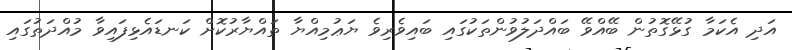
އަދި އެކަމާ ގުޅޭގޮތުން ބޭއްވޭ ބައްދަލުވުންތަކުގައި ބައިވެރިވެ ޔަޢުމިއްޔާ ތައްޔާރުކޮށް ކަނޑައެޅިފައިވާ މުއްދަތުގައި